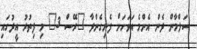
ސަލްމާން ދެން އެންމެ އަވަހަށް ފެނިގެންދާ "ރޭސް 3" މި ފިތުރު އީދުގައި